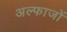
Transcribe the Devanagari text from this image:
अल्फाजों